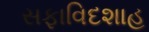
સફાવિદશાહ